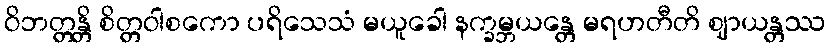
ဝိဘတ္တန္တိ စိတ္တဝါစကော ပရိသေသံ မယူခေါ နက္ခမ္ဘယန္တေ မရဟတီတိ ဈာယန္တဿ